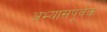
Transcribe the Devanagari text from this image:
अभ्यासपूर्वक